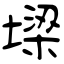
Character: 墚